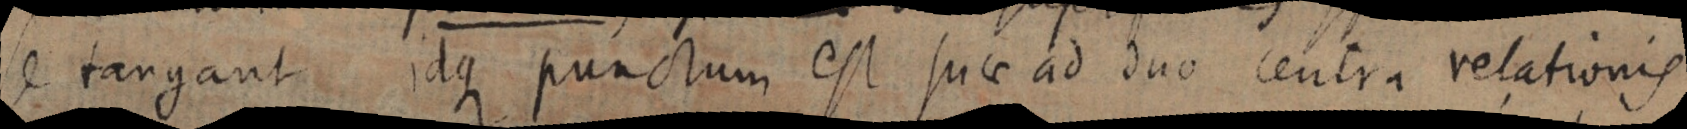
se tangant idque punctum est suae ad duo centra relationis